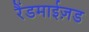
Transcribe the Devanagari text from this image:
रैंडमाईज़ड